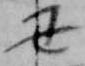
丑